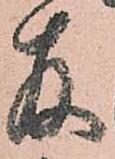
存